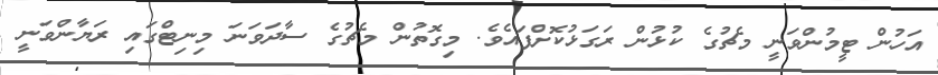
އަހުން ޓީމުންވަނީ މެޗުގެ ކުޅުން ރަގަޅުކޮށްފައެވެ. މިގޮތުން މެޗުގެ ސާދަވަނަ މިނިޓްގައި ރަޔާންވަނީ